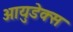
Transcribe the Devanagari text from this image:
आयुडेक्स